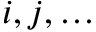
i , j , \ldots